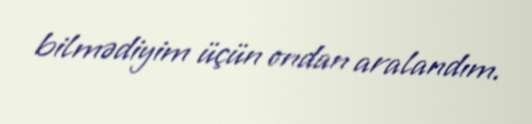
bilmədiyim üçün ondan aralandım.